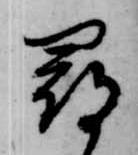
尋